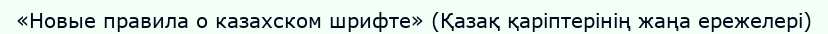
«Новые правила о казахском шрифте» (Қазақ қаріптерiнiң жаңа ережелерi)